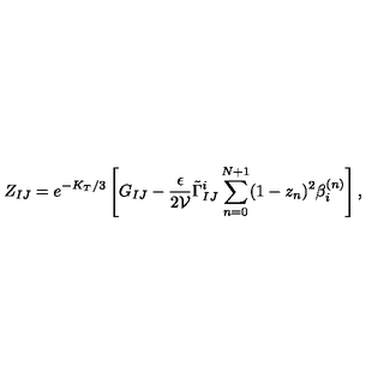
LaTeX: Z _ { I J } = e ^ { - K _ { T } / 3 } \left[ G _ { I J } - \frac { \epsilon } { 2 \mathcal { V } } \tilde { \Gamma } _ { I J } ^ { i } \sum _ { n = 0 } ^ { N + 1 } ( 1 - z _ { n } ) ^ { 2 } \beta _ { i } ^ { ( n ) } \right] ,